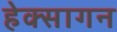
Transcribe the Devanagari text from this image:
हेक्सागन